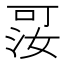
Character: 𪡑